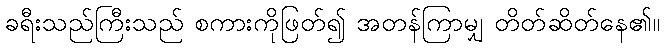
ခရီးသည်ကြီးသည် စကားကိုဖြတ်၍ အတန်ကြာမျှ တိတ်ဆိတ်နေ၏။